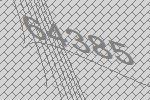
64385